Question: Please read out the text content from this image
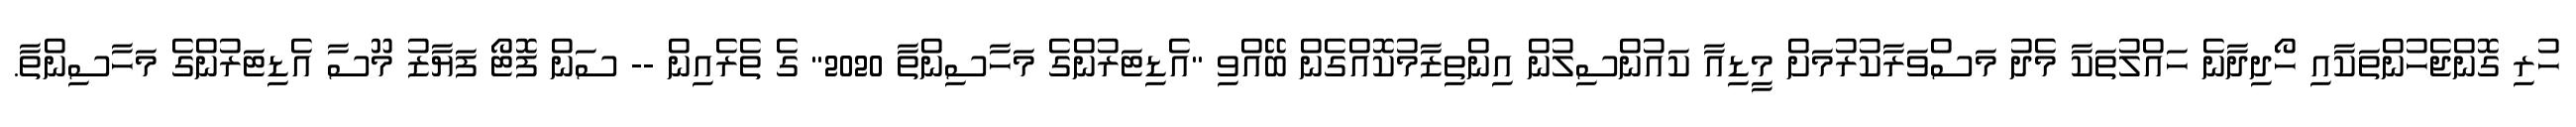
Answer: ހުރި ގޮންޖެހުންތަކާއި ހޯދިދާނެ ހައްލުތަކާ މެދު މަސްވަރާކުރުމަށް މީޑިއާ ކައުންސިލުން އިންތިޒާމުކޮއްގެން ބޭއްވި "އެޑިޓަރުންގެ މަހާސިންތާ 2020" ގެ ތެރެއިން -- ސަން ފޮޓޯ ފަޔާޒު މޫސާ އެޑިޓަރުންގެ މަހާސިންތާ.